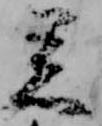
着